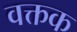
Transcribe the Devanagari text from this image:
वक्तक